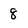
Character: 8